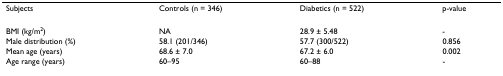
| Subjects | Controls (n = 346) | Diabetics (n = 522) | p-value |
 | --- | --- | --- | --- |
 | BMI (kg/m2) | NA | 28.9 ± 5.48 | - |
 | Male distribution (%) | 58.1 (201/346) | 57.7 (300/522) | 0.856 |
 | Mean age (years) | 68.6 ± 7.0 | 67.2 ± 6.0 | 0.002 |
 | Age range (years) | 60–95 | 60–88 | - |